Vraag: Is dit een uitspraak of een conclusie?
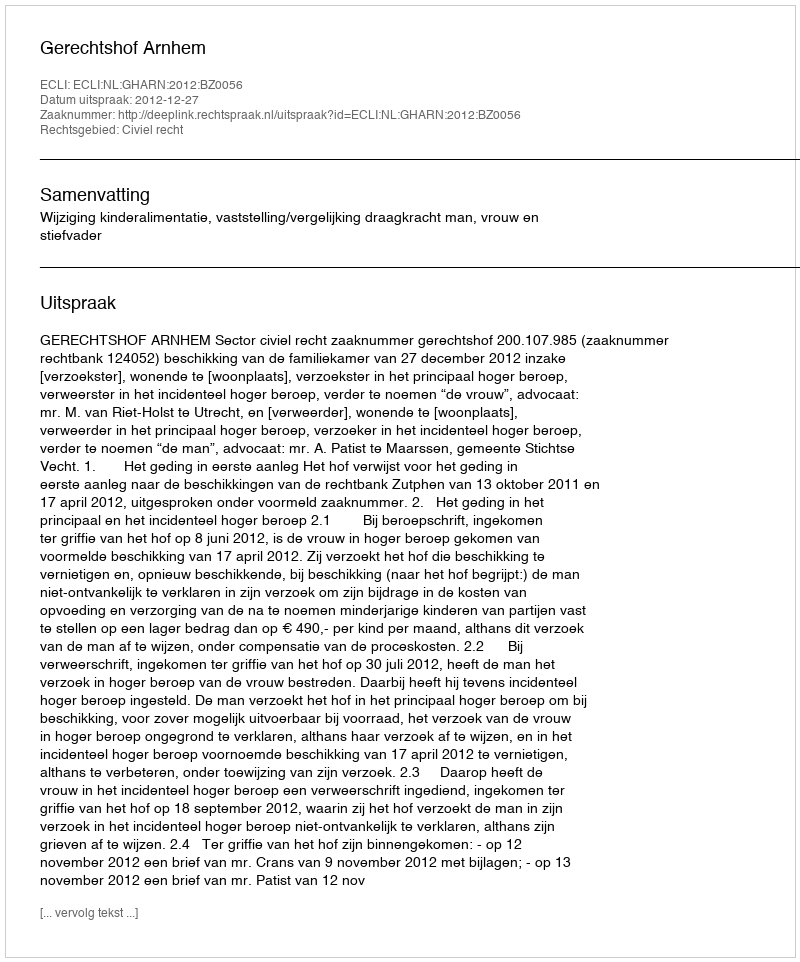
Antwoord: Uitspraak